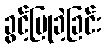
ခွင့်ပြုခဲ့ခြင်း